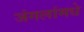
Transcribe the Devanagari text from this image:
जंगलांमधे